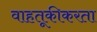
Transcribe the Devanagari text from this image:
वाहतूकीकरता